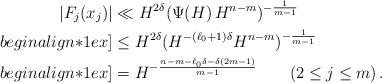
LaTeX: \begin{align*} |F_j(x_j)|&\ll H^{2\delta}(\Psi(H)\, H^{n-m})^{-\frac1{m-1}}\\begin{align*}1ex] &\le H^{2\delta}(H^{-(\ell_0+1)\delta} H^{n-m})^{-\frac1{m-1}} \\begin{align*}1ex] & = H^{-\frac{n-m-\ell_0\delta-\delta(2m-1)}{m-1}}\qquad(2\le j\le m)\,. \end{align*}